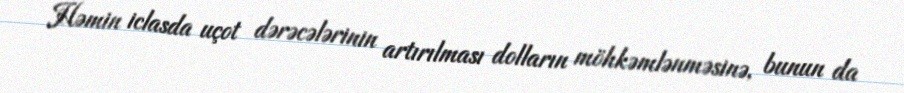
Həmin iclasda uçot dərəcələrinin artırılması dolların möhkəmlənməsinə, bunun da